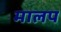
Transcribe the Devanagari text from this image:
मालप